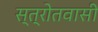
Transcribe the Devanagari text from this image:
स्त्रोतवासी